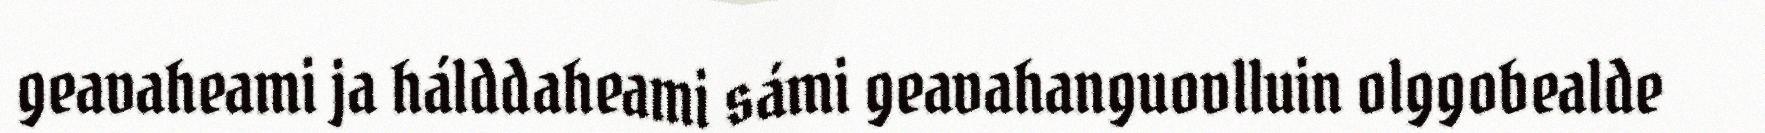
geavaheami ja hálddaheami sámi geavahanguovlluin olggobealde